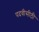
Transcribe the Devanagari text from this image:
पदवीसीठी